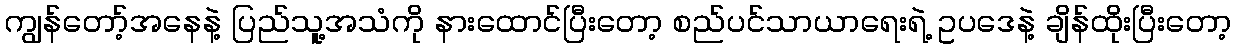
ကျွန်တော့်အနေနဲ့ ပြည်သူ့အသံကို နားထောင်ပြီးတော့ စည်ပင်သာယာရေးရဲ့ ဥပဒေနဲ့ ချိန်ထိုးပြီးတော့